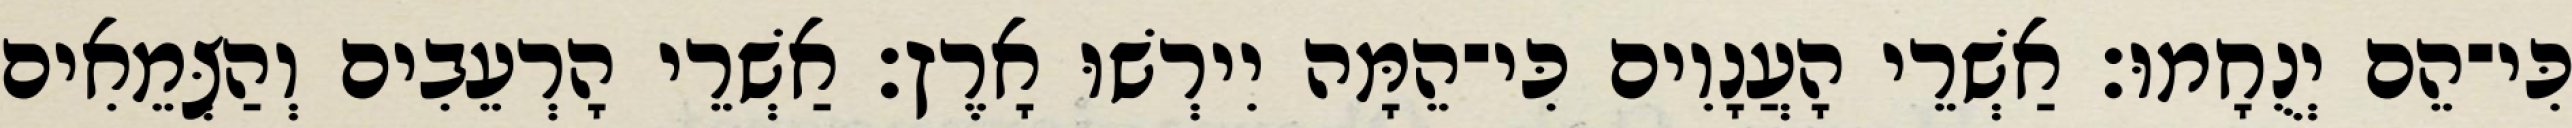
כִּי־הֵם יְנֻחָמוּ׃ אַשְׁרֵי הָעֲנָוִים כִּי־הֵמָּה יִירְשׁוּ אָרֶץ׃ אַשְׁרֵי הָרְעֵבִים וְהַצְּמֵאִים